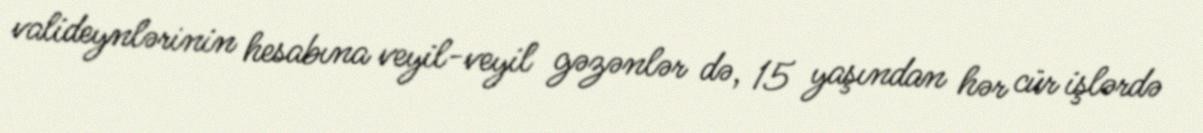
valideynlərinin hesabına veyil-veyil gəzənlər də, 15 yaşından hər cür işlərdə